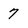
Character: 7